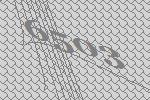
6503